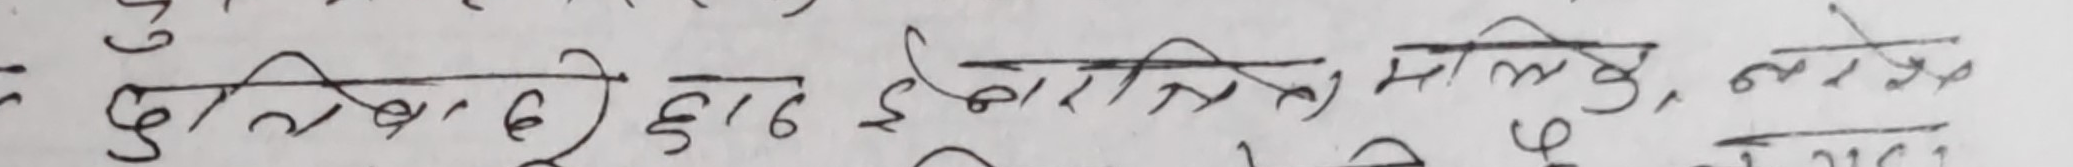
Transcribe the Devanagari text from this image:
पुल्कित छाड इच्छाशक्तिमा मिलिरहेछ लागेको